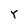
Character: Y